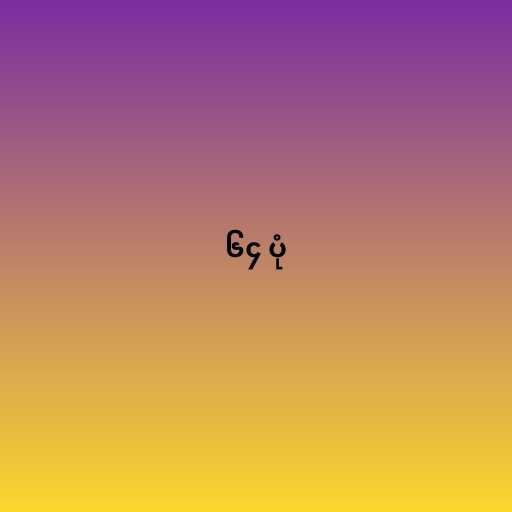
၆၄ ပုံ